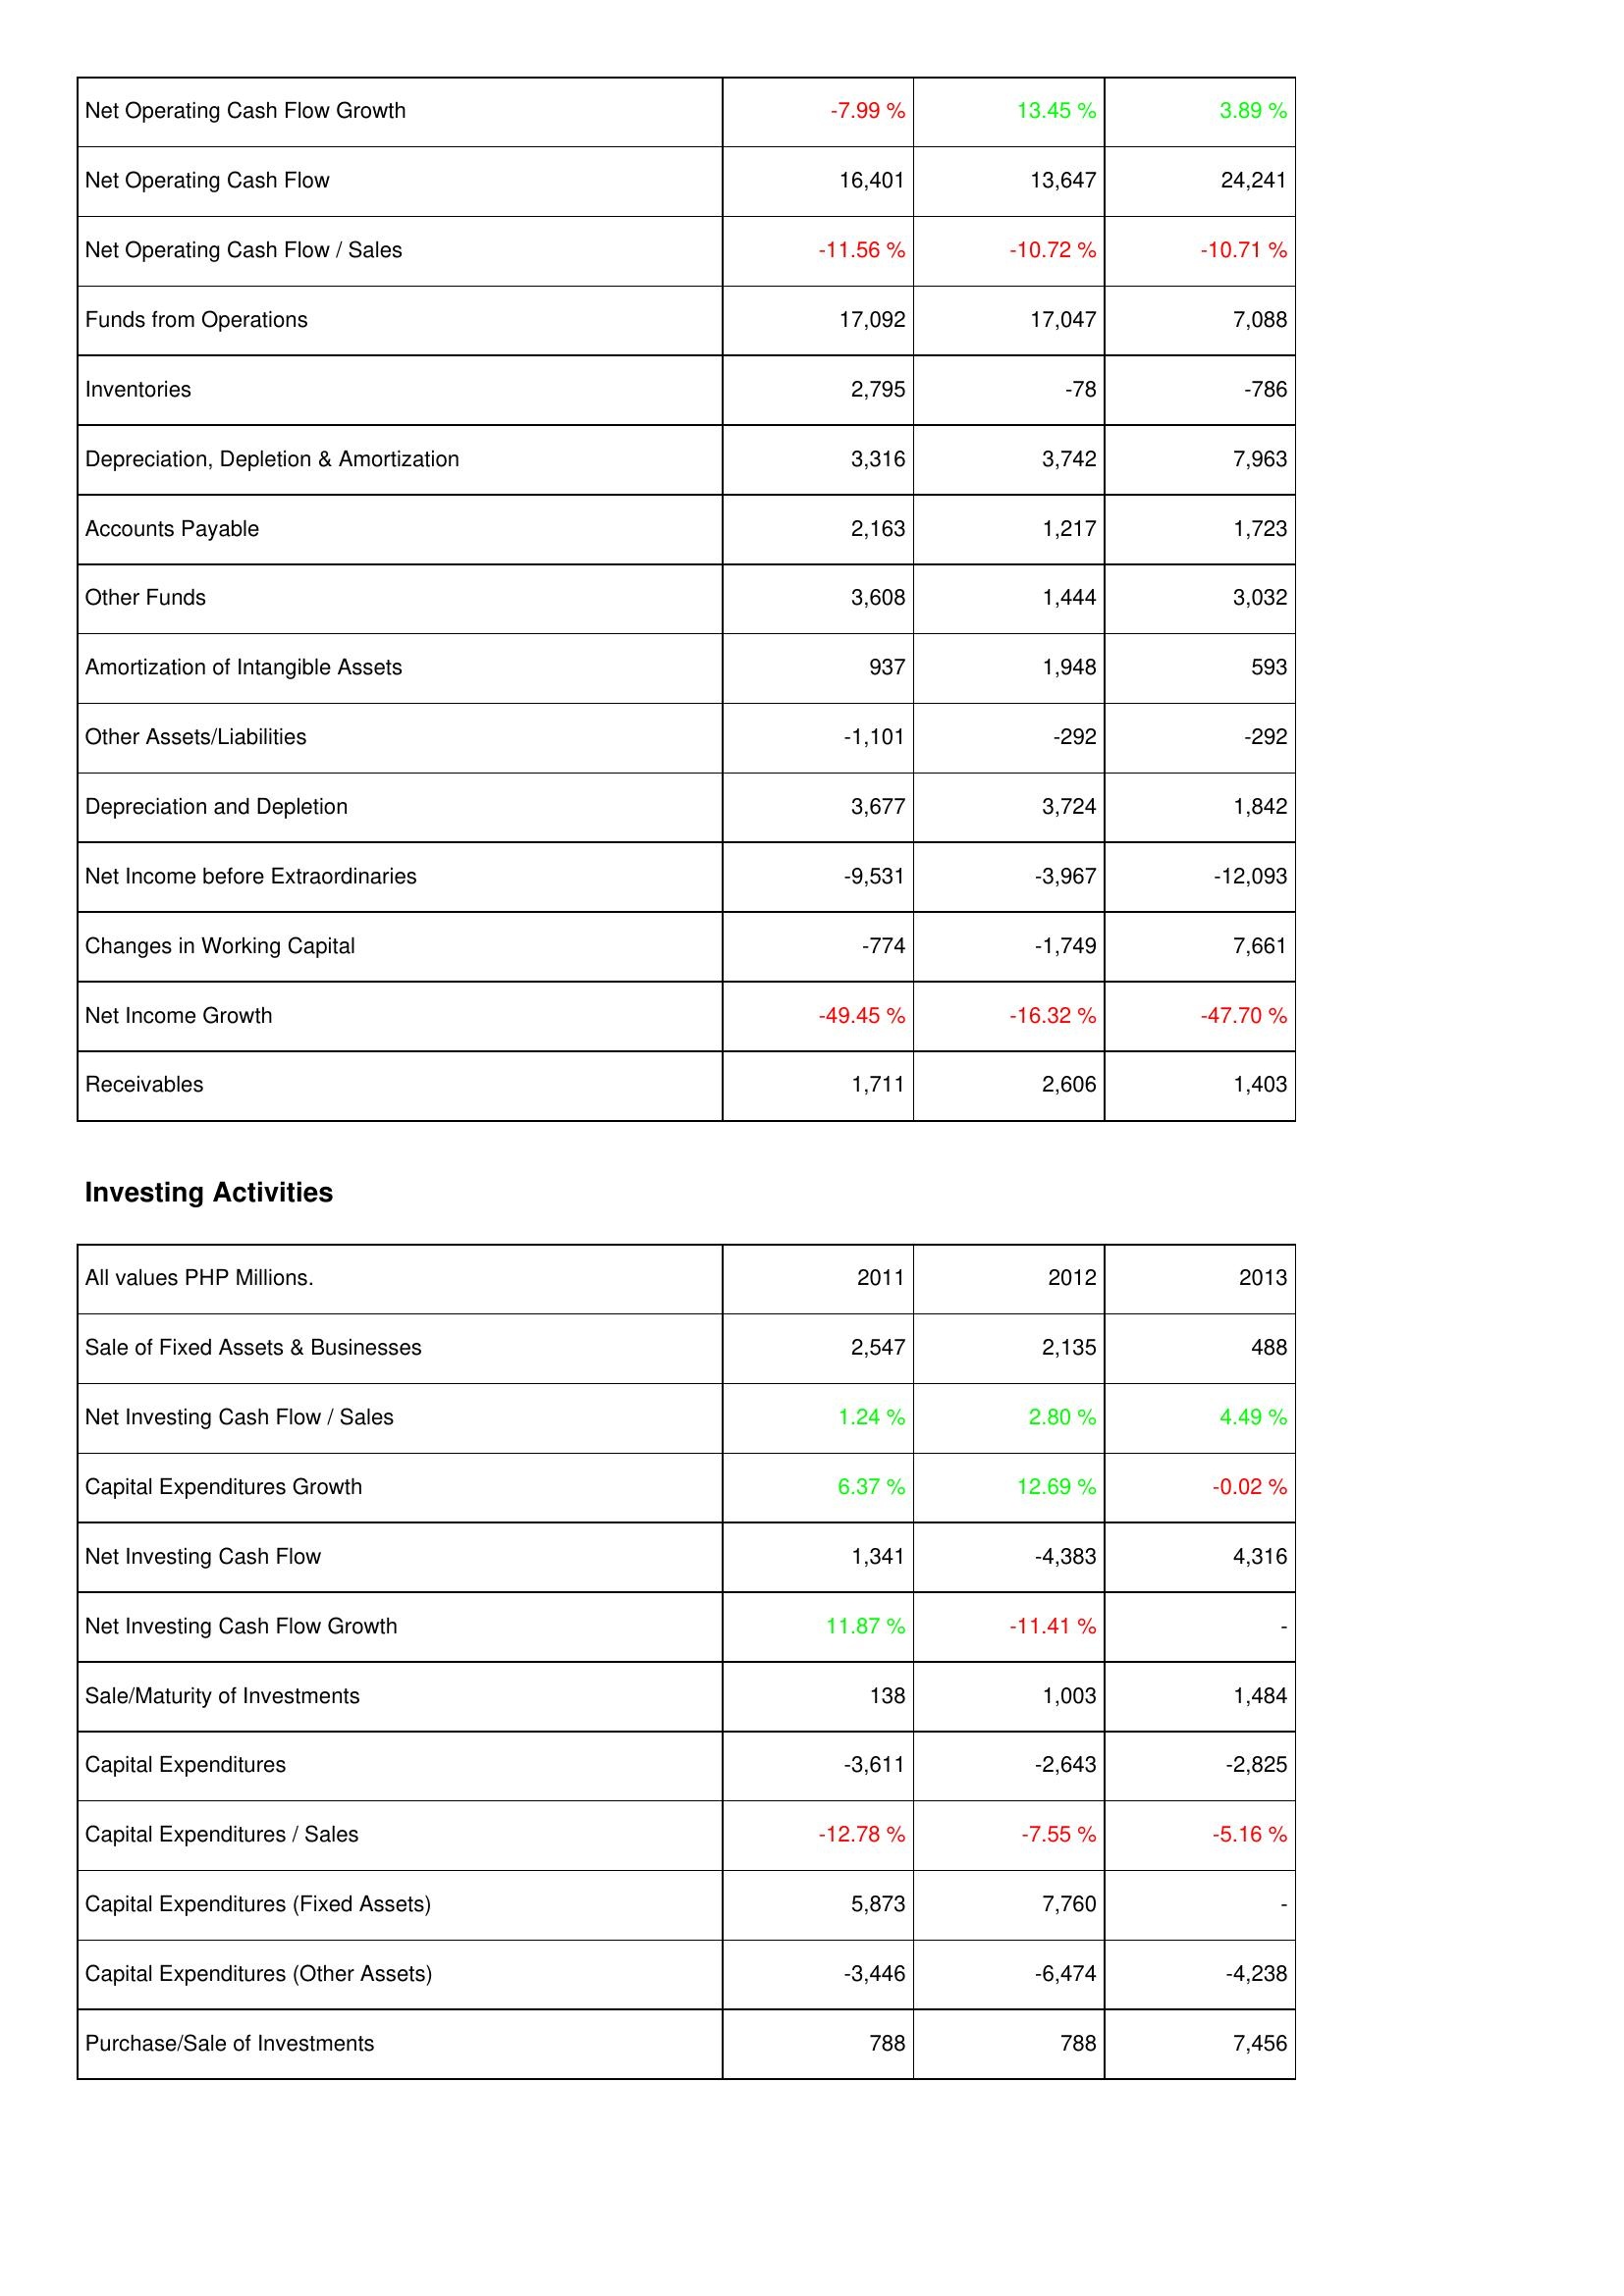
2011: Operating Activities: Net Operating Cash Flow Growth: -7.99 %
Net Operating Cash Flow: 16,401
Net Operating Cash Flow / Sales: -11.56 %
Funds from Operations: 17,092
Inventories: 2,795
Depreciation, Depletion & Amortization: 3,316
Accounts Payable: 2,163
Other Funds: 3,608
Amortization of Intangible Assets: 937
Other Assets/Liabilities: -1,101
Depreciation and Depletion: 3,677
Net Income before Extraordinaries: -9,531
Changes in Working Capital: -774
Net Income Growth: -49.45 %
Receivables: 1,711
Investing Activities: Sale of Fixed Assets & Businesses: 2,547
Net Investing Cash Flow / Sales: 1.24 %
Capital Expenditures Growth: 6.37 %
Net Investing Cash Flow: 1,341
Net Investing Cash Flow Growth: 11.87 %
Sale/Maturity of Investments: 138
Capital Expenditures: -3,611
Capital Expenditures / Sales: -12.78 %
Capital Expenditures (Fixed Assets): 5,873
Capital Expenditures (Other Assets): -3,446
Purchase/Sale of Investments: 788
2012: Operating Activities: Net Operating Cash Flow Growth: 13.45 %
Net Operating Cash Flow: 13,647
Net Operating Cash Flow / Sales: -10.72 %
Funds from Operations: 17,047
Inventories: -78
Depreciation, Depletion & Amortization: 3,742
Accounts Payable: 1,217
Other Funds: 1,444
Amortization of Intangible Assets: 1,948
Other Assets/Liabilities: -292
Depreciation and Depletion: 3,724
Net Income before Extraordinaries: -3,967
Changes in Working Capital: -1,749
Net Income Growth: -16.32 %
Receivables: 2,606
Investing Activities: Sale of Fixed Assets & Businesses: 2,135
Net Investing Cash Flow / Sales: 2.80 %
Capital Expenditures Growth: 12.69 %
Net Investing Cash Flow: -4,383
Net Investing Cash Flow Growth: -11.41 %
Sale/Maturity of Investments: 1,003
Capital Expenditures: -2,643
Capital Expenditures / Sales: -7.55 %
Capital Expenditures (Fixed Assets): 7,760
Capital Expenditures (Other Assets): -6,474
Purchase/Sale of Investments: 788
2013: Operating Activities: Net Operating Cash Flow Growth: 3.89 %
Net Operating Cash Flow: 24,241
Net Operating Cash Flow / Sales: -10.71 %
Funds from Operations: 7,088
Inventories: -786
Depreciation, Depletion & Amortization: 7,963
Accounts Payable: 1,723
Other Funds: 3,032
Amortization of Intangible Assets: 593
Other Assets/Liabilities: -292
Depreciation and Depletion: 1,842
Net Income before Extraordinaries: -12,093
Changes in Working Capital: 7,661
Net Income Growth: -47.70 %
Receivables: 1,403
Investing Activities: Sale of Fixed Assets & Businesses: 488
Net Investing Cash Flow / Sales: 4.49 %
Capital Expenditures Growth: -0.02 %
Net Investing Cash Flow: 4,316
Net Investing Cash Flow Growth: -
Sale/Maturity of Investments: 1,484
Capital Expenditures: -2,825
Capital Expenditures / Sales: -5.16 %
Capital Expenditures (Fixed Assets): -
Capital Expenditures (Other Assets): -4,238
Purchase/Sale of Investments: 7,456